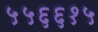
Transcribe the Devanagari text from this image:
५५६६१५